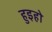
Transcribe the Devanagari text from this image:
हुइहो